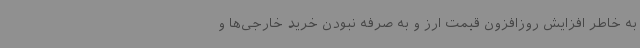
به‌ خاطر افزایش روزافزون قیمت ارز و به صرفه نبودن خرید خارجی‌ها و